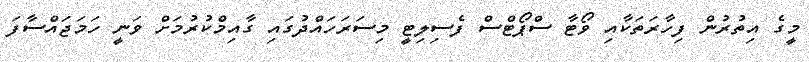
މީގެ އިތުރުން ފިހާރަތަކާއި ވޯޓާ ސްޕޯޓްސް ފެސިލިޓީ މިސަރަހައްދުގައި ގާއިމްކުރުމަށް ވަނީ ހަމަޖައްސާފަ